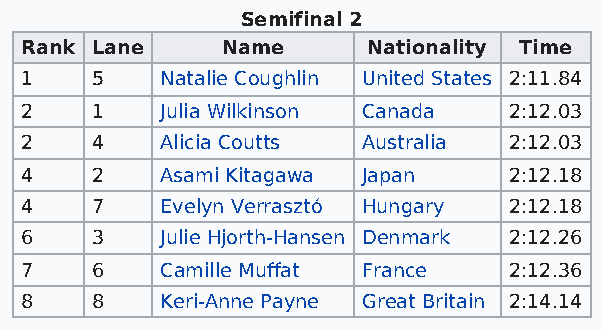
Semifinal 2
 Rank Lane     Name     Nationality Time
 1    5    Natalie Coughlin United States 2:11.84
 2    1    Julia Wilkinson Canada 2:12.03
 2    4    Alicia Coutts Australia 2:12.03
 4    2    Asami Kitagawa Japan   2:12.18
 4    7    Evelyn Verrasztó Hungary 2:12.18
 6    3    Julie Hjorth-Hansen Denmark 2:12.26
 7    6    Camille Muffat France  2:12.36
 8    8    Keri-Anne Payne Great Britain 2:14.14